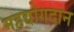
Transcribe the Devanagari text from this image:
महद्योगदान